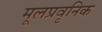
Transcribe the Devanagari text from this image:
मूलप्रवृनिक